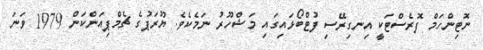
ނޮޓިންހަމް ފޮރެސްޓަކީ އިނގިރޭސި ފުޓްބޯޅައިގައި މަޝްހޫރު ނަމެކެވެ. ޔޫރަޕުގެ ޗެމްޕިއަންކަން 1979 ވަނަ